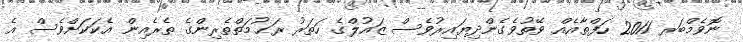
ނޮވެމްބަރ 2011 ހަފްތާއެއް ވޭތުވެގެންދިޔައިރުވެސް ޒައުލްގެ ހަތަރު ރަޙުމަތްތެރިންގެ ތެރެއިން އެކަކަށްވެސް އެ